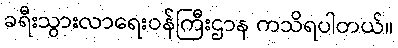
ခရီးသွားလာရေးဝန်ကြီးဌာန ကသိရပါတယ်။